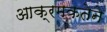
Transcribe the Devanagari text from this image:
आक्रमकतेने